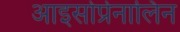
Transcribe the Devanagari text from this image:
आइसोप्रेनालिन